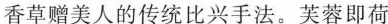
香草赠美人的传统比兴手法。芙蓉即荷